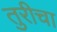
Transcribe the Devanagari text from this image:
तुरीचा